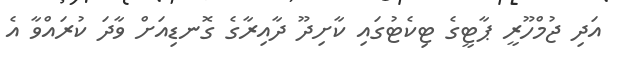
އަދި ޖުމްހޫރީ ޕާޓީގެ ޓިކެޓުގައި ކާށިދޫ ދާއިރާގެ ގޮނޑިއަށް ވާދަ ކުރައްވާ އެ